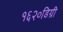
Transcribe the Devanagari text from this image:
१६२०डिग्री